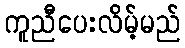
ကူညီပေးလိမ့်မည်